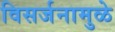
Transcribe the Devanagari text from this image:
विसर्जनामुळे